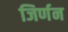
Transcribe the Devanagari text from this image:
जिर्णन